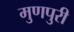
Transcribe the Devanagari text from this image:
मुणपुरी